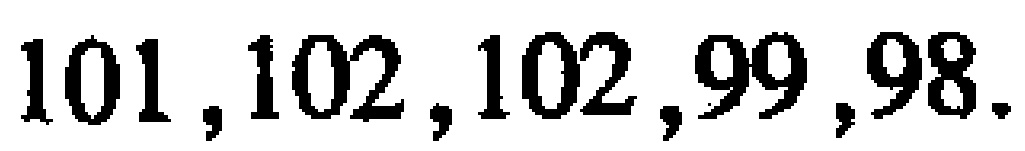
$101,102,102,99,98.$